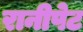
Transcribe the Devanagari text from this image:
रानीपेट